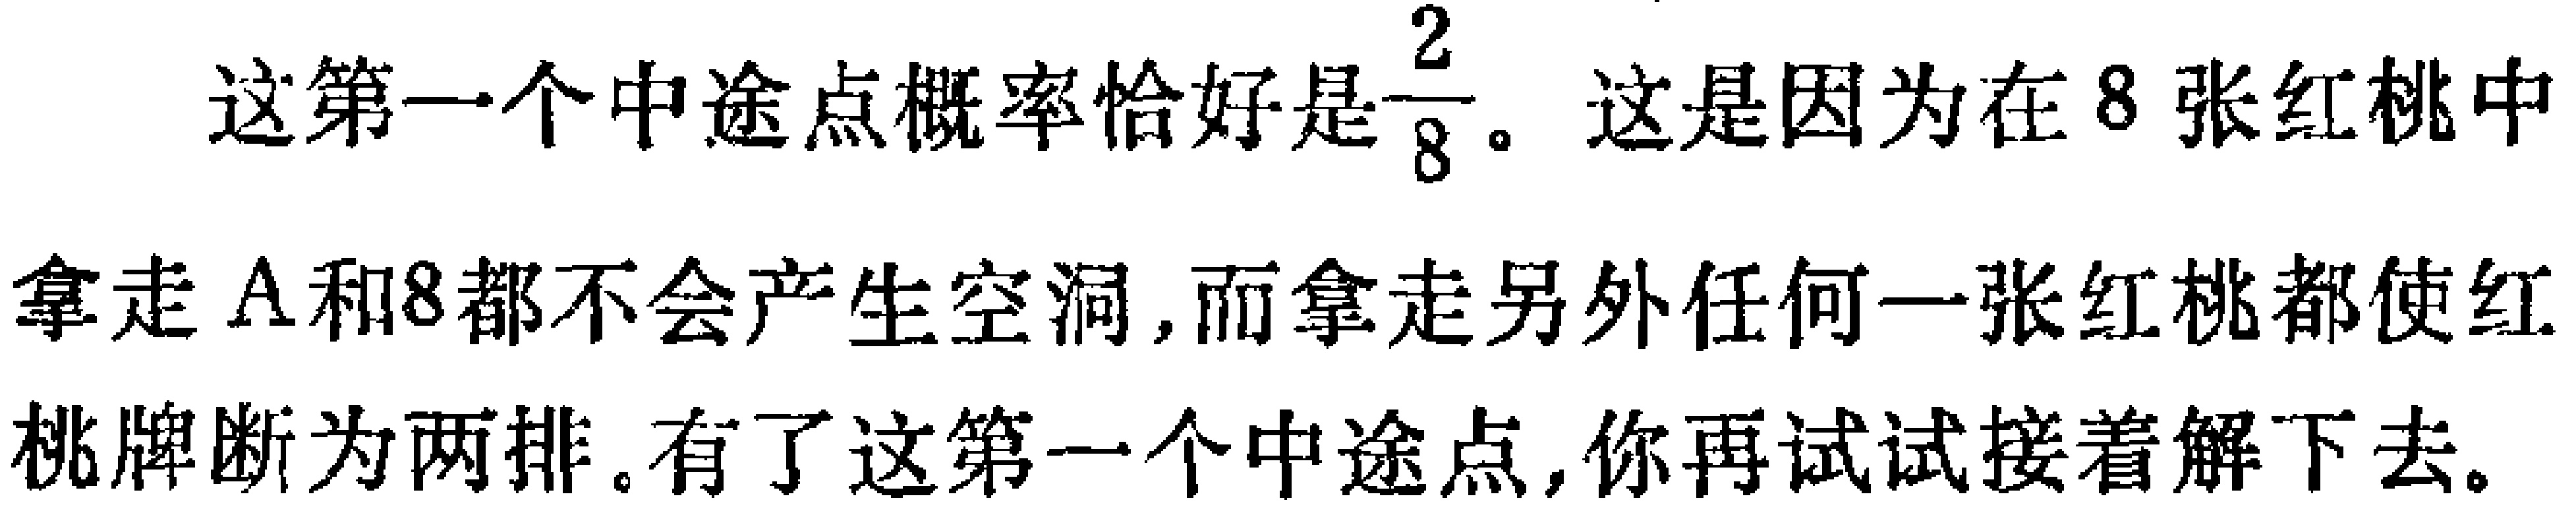
这第一个中途点概率恰好是$\frac{2}{8}$。这是因为在 8 张红桃中拿走 A 和8都不会产生空洞,而拿走另外任何一张红桃都使红桃牌断为两排。有了这第一个中途点,你再试试接着解下去。